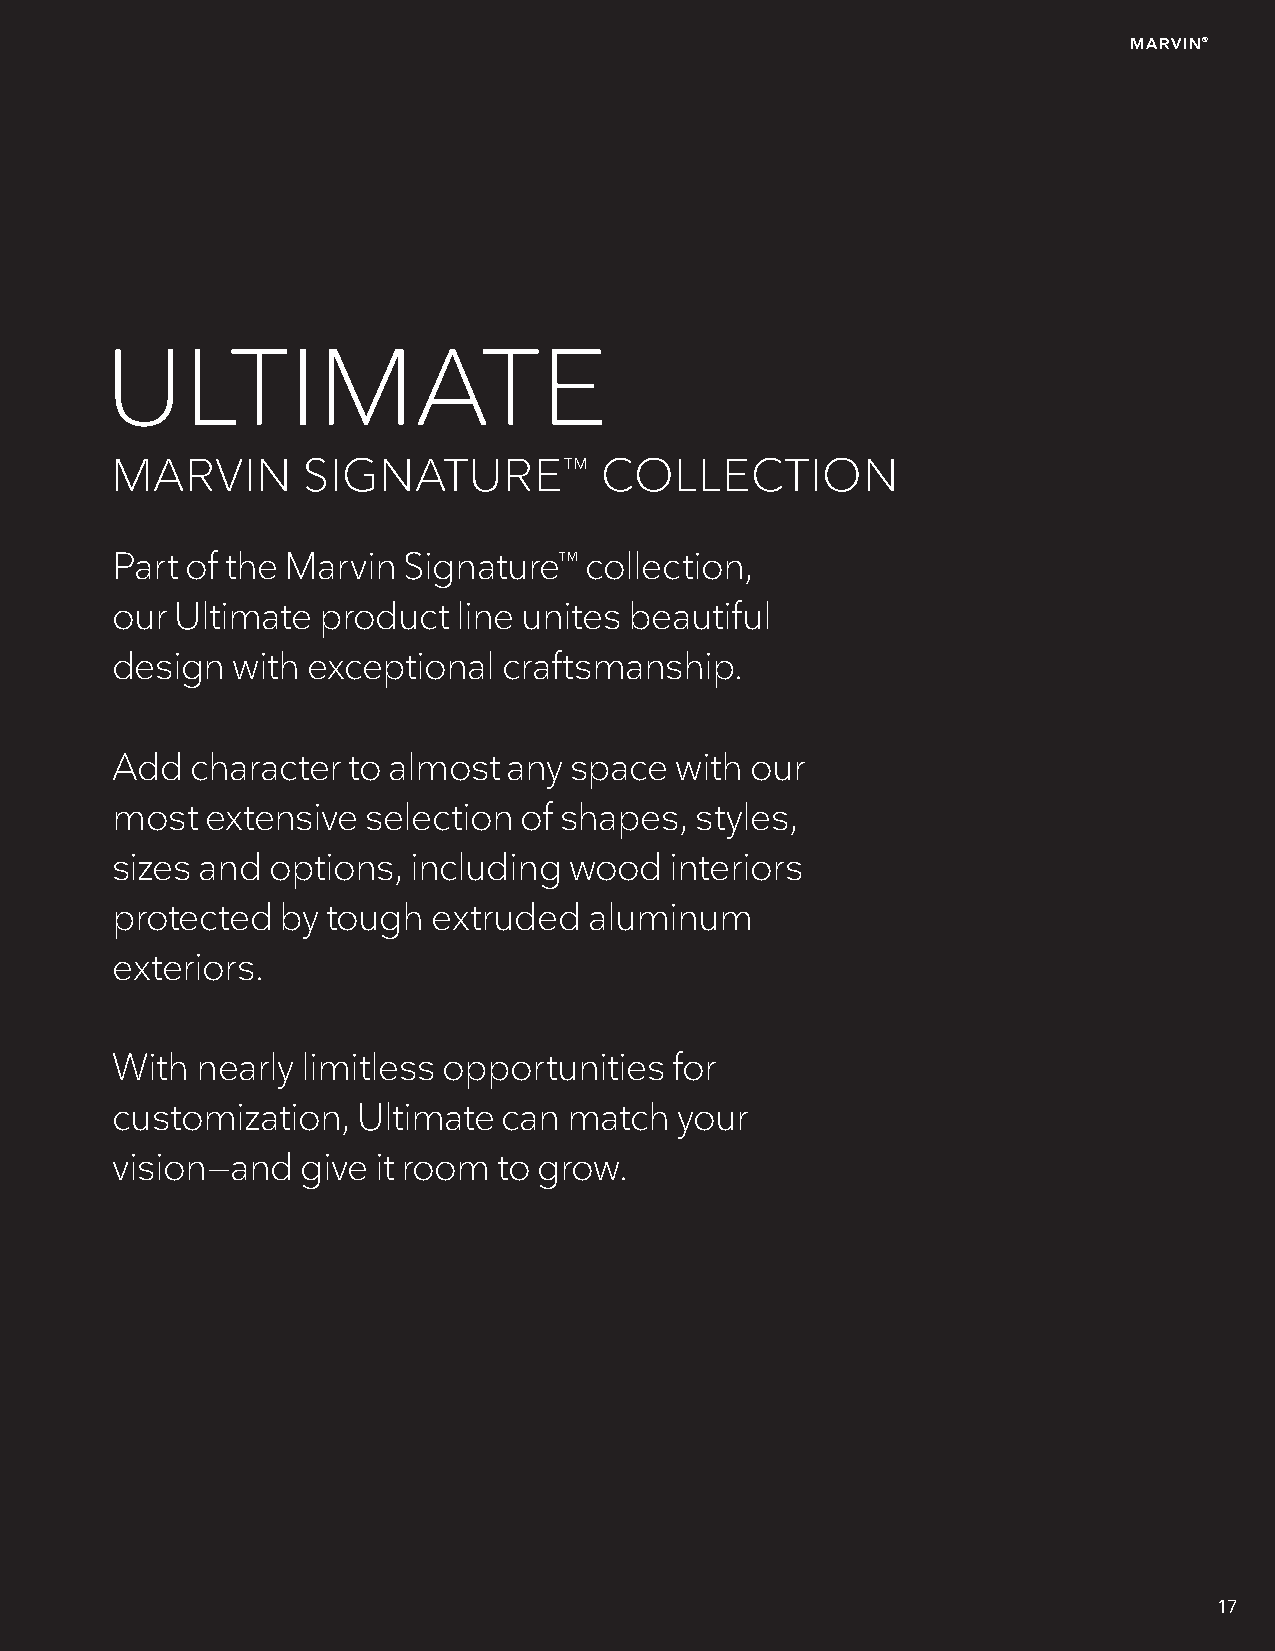
MARVIN®
 ULTIMATE
 MARVIN       SIGNATURE™          COLLECTION
 Part of the Marvin  Signature™  collection,
 our  Ultimate product  line unites beautiful
 design  with exceptional  craftsmanship.
 Add   character to almost  any space  with our
 most   extensive selection  of shapes, styles,
 sizes and  options, including  wood  interiors
 protected   by tough  extruded  aluminum
 exteriors.
 With  nearly limitless opportunities  for
 customization,   Ultimate can  match  your
 vision—and   give it room to grow.
 17